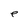
Character: e